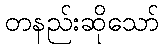
တနည်းဆိုသော်